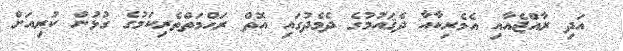
އަދި ރާއްޖެއާއި އެމެރިކާއާ ދެޤައުމުގެ ދެމެދުގައި އޮތް ރަޙްމަތްތެރިކަމުގެ ގުޅުން ކުރިއަށް